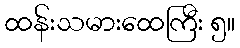
ထန်းသမားထေကြီး ၅။